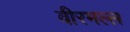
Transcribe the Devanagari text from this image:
वीरमल्ल